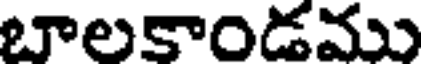
బాలకాండము